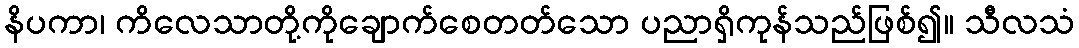
နိပကာ၊ ကိလေသာတို့ကိုချောက်စေတတ်သော ပညာရှိကုန်သည်ဖြစ်၍။ သီလသံ